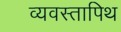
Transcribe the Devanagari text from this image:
व्यवस्तापिथ